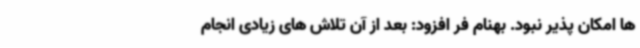
ها امکان پذیر نبود. بهنام فر افزود: بعد از آن تلاش های زیادی انجام